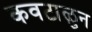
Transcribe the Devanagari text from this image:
कवटाळुन